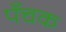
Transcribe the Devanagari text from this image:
पँचक